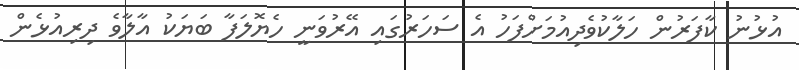
އުޅުނު ކާފަރުން ހަލާކުވެދިއުމަށްފަހު އެ ސަހަރުގައި އޭރުވަނީ ހެޔޮލަފާ ބަޔަކު އާލާވެ ދިރިއުޅެން